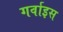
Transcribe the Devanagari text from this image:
गर्वाइस